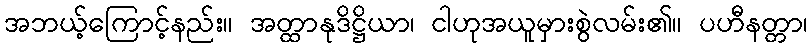
အဘယ့်ကြောင့်နည်း။ အတ္ထာနုဒိဋ္ဌိယာ၊ ငါဟုအယူမှားစွဲလမ်း၏။ ပဟီနတ္တာ၊